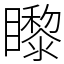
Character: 𥌛